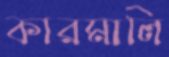
কারমালি